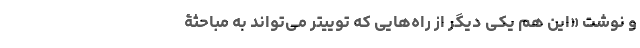
و نوشت «این هم یکی دیگر از راه‌هایی که توییتر می‌تواند به مباحثۀ